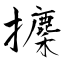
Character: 攈